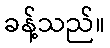
ခန့်သည်။